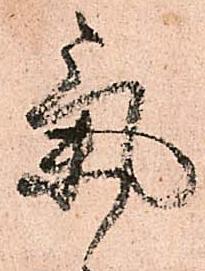
気